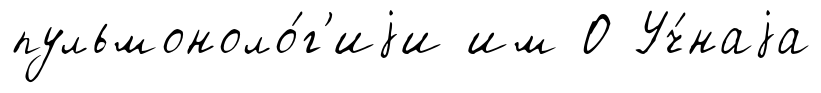
пульмоноло́г'иjи им О Уч́наjа